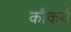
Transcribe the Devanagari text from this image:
कौकर्य